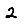
Digit: 2